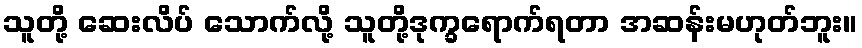
သူတို့ ဆေးလိပ် သောက်လို့ သူတို့ဒုက္ခရောက်ရတာ အဆန်းမဟုတ်ဘူး။